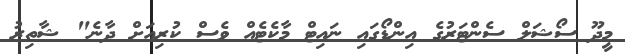
މީދޫ ސޯޝަލް ސެންޓަރުގެ އިންޑޯގައި ނައިޓް މާކެޓެއް ވެސް ކުރިއަށް ދާނެ" ޝާތިރު